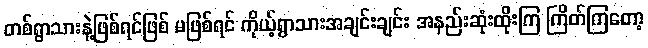
တစ်ရွာသားနဲ့ဖြစ်ရင်ဖြစ် မဖြစ်ရင် ကိုယ့်ရွာသားအချင်းချင်း အနည်းဆုံးထိုးကြ ကြိတ်ကြတော့